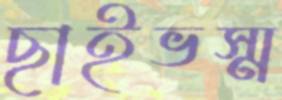
ছাইভস্ম